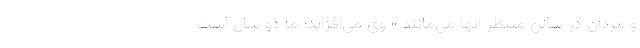
و مردان در سالن منتظر آنها می‌مانند.» وی می‌افزاید: ما دو سال است